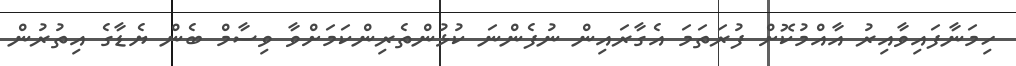
ހިމަނާފައިވާއިރު އާއްމުކޮށް ފުރަތަމަ އެގާރައިން ނުފެންނަ ކުޅުންތެރިންކަމަށްވާ ވިސާމް ބެން ޔެޑާގެ އިތުރުން